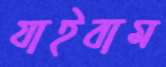
যাইবাম